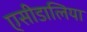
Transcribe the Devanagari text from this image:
एसीडालिया